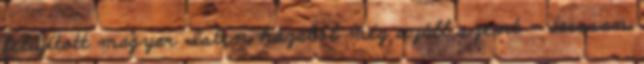
felújított magyar Isten házából még száll szent - dacosan